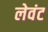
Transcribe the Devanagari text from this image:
लेवंट